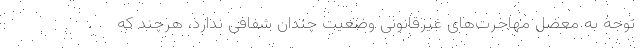
توجه به معضل مهاجرت‌های غیرقانونی وضعیت چندان شفافی ندارد، هرچند که